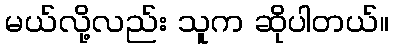
မယ်လို့လည်း သူက ဆိုပါတယ်။